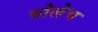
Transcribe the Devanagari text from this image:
वोलेच